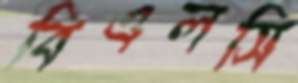
বিএলসি